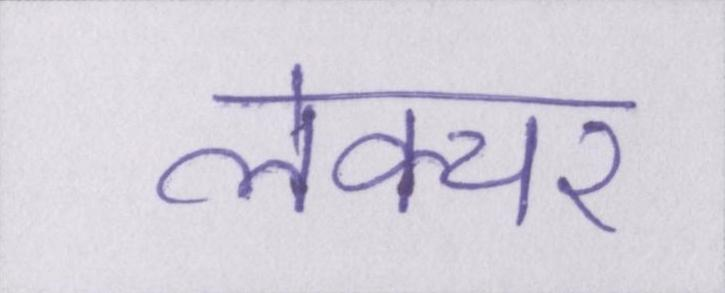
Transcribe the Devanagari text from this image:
लेक्चर